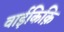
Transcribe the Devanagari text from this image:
वाईकिक़ि